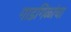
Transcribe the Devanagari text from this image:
गाडगिळांचा